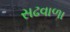
સઢવાળા